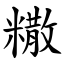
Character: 糤